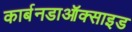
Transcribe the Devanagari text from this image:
कार्बनडाऑक्साइड